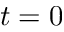
t = 0